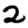
Digit: 2